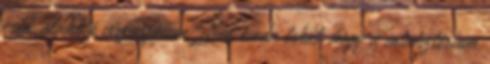
csak alakuló viszonyában. Nem csoda tehát, hogy a minisztérium